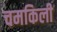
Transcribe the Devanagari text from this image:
चमकिली